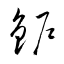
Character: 鈩